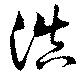
浩